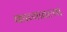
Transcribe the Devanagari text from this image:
काव्यातल्या